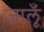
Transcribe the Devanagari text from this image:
जालूँ